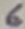
Text: 6